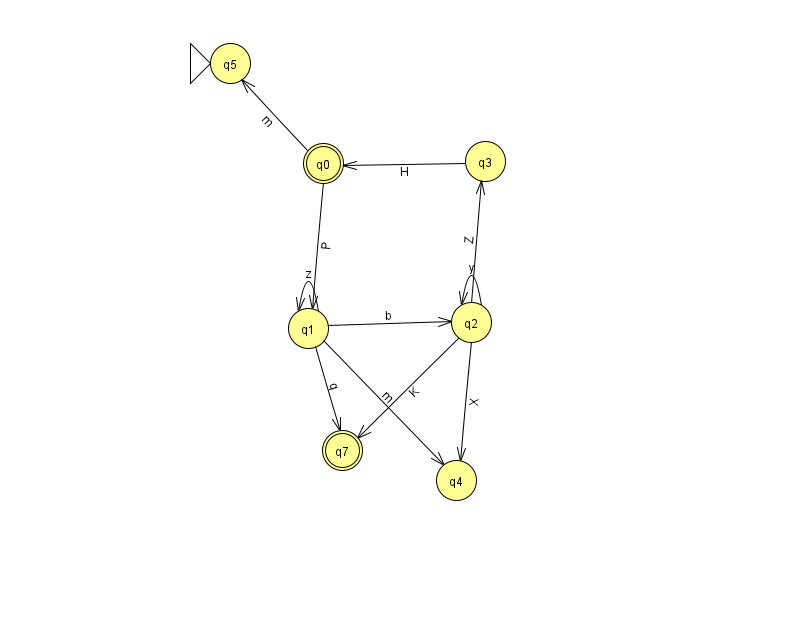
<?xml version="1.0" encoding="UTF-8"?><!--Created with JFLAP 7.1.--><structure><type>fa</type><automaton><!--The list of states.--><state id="0" name="q0"><x>323.0</x><y>150.0</y><final/></state><state id="1" name="q1"><x>308.0</x><y>315.0</y></state><state id="2" name="q2"><x>471.0</x><y>309.0</y></state><state id="3" name="q3"><x>485.0</x><y>148.0</y></state><state id="4" name="q4"><x>456.0</x><y>467.0</y></state><state id="5" name="q5"><x>230.0</x><y>50.0</y><initial/></state><state id="7" name="q7"><x>342.0</x><y>437.0</y><final/></state><!--The list of transitions.--><transition><from>2</from><to>4</to><read>X</read></transition><transition><from>3</from><to>0</to><read>H</read></transition><transition><from>1</from><to>7</to><read>q</read></transition><transition><from>0</from><to>5</to><read>m</read></transition><transition><from>0</from><to>1</to><read>P</read></transition><transition><from>2</from><to>7</to><read>K</read></transition><transition><from>2</from><to>2</to><read>y</read></transition><transition><from>1</from><to>1</to><read>z</read></transition><transition><from>1</from><to>4</to><read>m</read></transition><transition><from>2</from><to>3</to><read>Z</read></transition><transition><from>1</from><to>2</to><read>b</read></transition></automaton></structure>